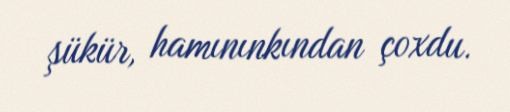
şükür, hamınınkından çoxdu.